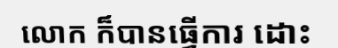
លោក ក៏បានធ្វើការ ដោះ